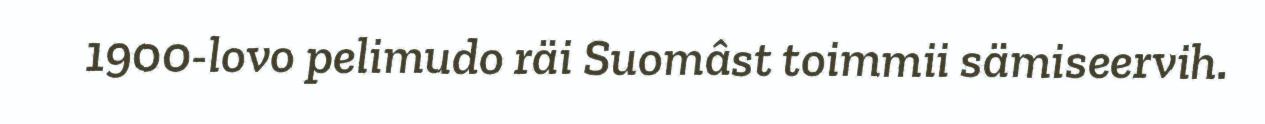
1900-lovo pelimudo räi Suomâst toimmii sämiseervih.